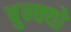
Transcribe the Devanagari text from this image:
बुन्क्यो